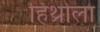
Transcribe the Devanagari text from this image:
हिथ्रोला